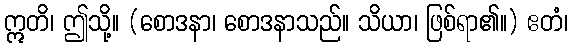
ဣတိ၊ ဤသို့။ (စောဒနာ၊ စောဒနာသည်။ သိယာ၊ ဖြစ်ရာ၏။) ဧတံ၊